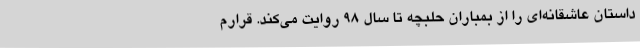
داستان عاشقانه‌ای را از بمباران حلبچه تا سال 98 روایت می‌کند. قرارم